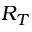
R _ { T }